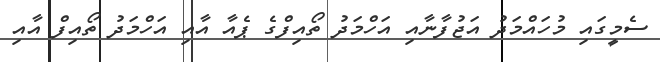
ސެމީގައި މުހައްމަދު އަޖުފާނާއި އަހްމަދު ތޯއިފްގެ ޕެއާ އާއި އަހްމަދު ތޯއިފް އާއި